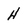
Character: H